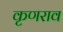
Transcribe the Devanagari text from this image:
कृणराव